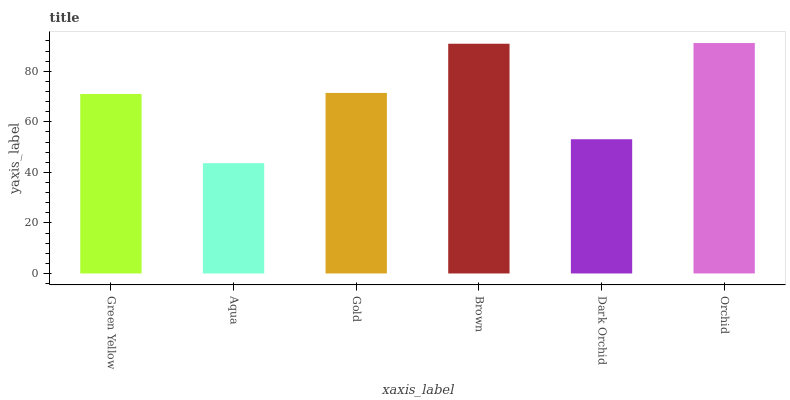
| xaxis_label | bars |
 | --- | --- |
 | Green Yellow | 71 |
 | Aqua | 43.6 |
 | Gold | 71.4 |
 | Brown | 90.9 |
 | Dark Orchid | 53.1 |
 | Orchid | 91.2 |